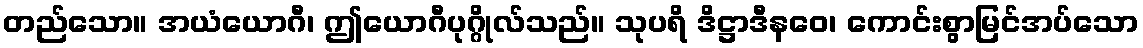
တည်သော။ အယံယောဂီ၊ ဤယောဂီပုဂ္ဂိုလ်သည်။ သုပရိ ဒိဋ္ဌာဒီနဝေ၊ ကောင်းစွာမြင်အပ်သော